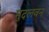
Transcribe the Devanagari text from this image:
मुदलवन